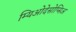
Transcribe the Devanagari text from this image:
म्यिओदेसोप्सिअ